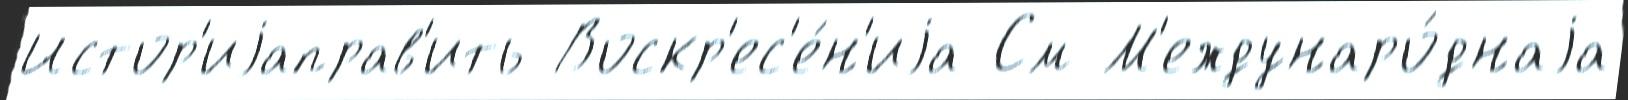
Истор'иjаправ'ить Воскр'ес'е́н'иjа См М'еждунаро́днаjа